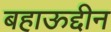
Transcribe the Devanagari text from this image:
बहाऊद्दीन